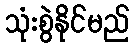
သုံးစွဲနိုင်မည်